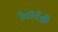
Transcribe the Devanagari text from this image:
५०१७